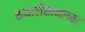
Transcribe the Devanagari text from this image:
कथालेखनाच्या